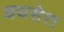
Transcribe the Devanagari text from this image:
अधसेरा